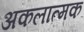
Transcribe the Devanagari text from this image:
अकलात्मक